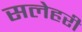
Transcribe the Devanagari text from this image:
सलेहरी